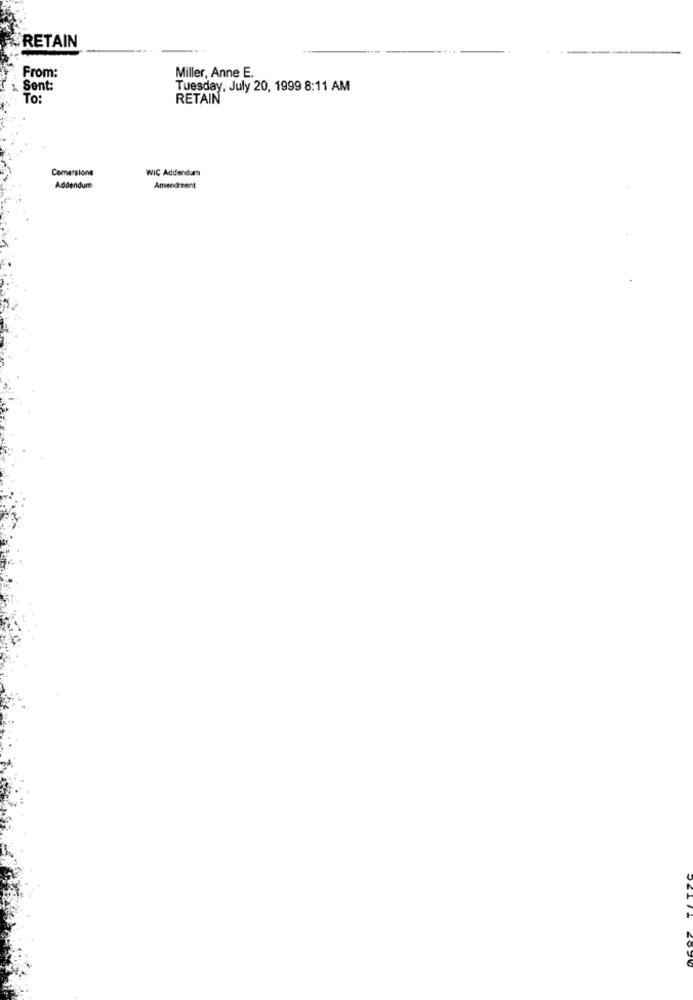
RETAIN
From:
Miller, Anne E.
Sent:
Tuesday, July 20, 1999 8:11 AM
To:
RETAIN
Comersione
WIC Addendum
Addendum
Amendment